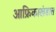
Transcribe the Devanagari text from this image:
आफ्रिकाखंडात